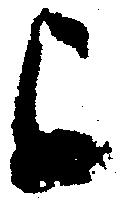
上